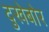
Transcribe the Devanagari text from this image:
दुखेबोर